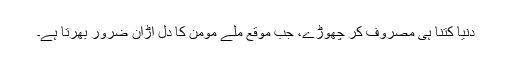
دنیا کتنا ہی مصروف کر چھوڑے، جب موقع ملے مومن کا دل اڑان ضرور بھرتا ہے۔